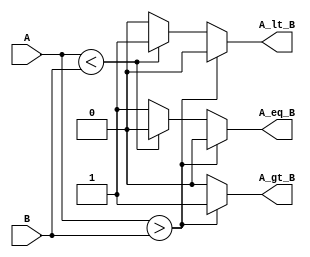
module parameterized_comparator #(
    parameter WIDTH = 8  // Parameterized width for the input values
)(
    input  wire [WIDTH-1:0] A,  // Input A
    input  wire [WIDTH-1:0] B,  // Input B
    output reg  A_gt_B,          // Output: A > B
    output reg  A_lt_B,          // Output: A < B
    output reg  A_eq_B           // Output: A == B
);

// Behavioral comparison logic
always @* begin
    // Initialize outputs
    A_gt_B = 0;
    A_lt_B = 0;
    A_eq_B = 0;

    // Perform comparisons
    if (A > B) begin
        A_gt_B = 1;
    end else if (A < B) begin
        A_lt_B = 1;
    end else begin
        A_eq_B = 1;
    end
end

endmodule